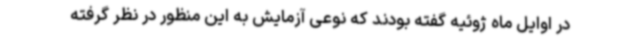
در اوایل ماه ژوئیه گفته بودند که نوعی آزمایش به این منظور در نظر گرفته